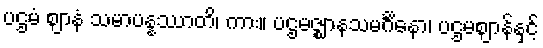
ပဌမံ ဈာနံ သမာပန္နဿာတိ၊ ကား။ ပဌမဇ္ဈာနသမင်္ဂိနော၊ ပဌမဈာန်နှင့်